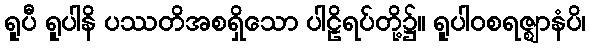
ရူပီ ရူပါနိ ပဿတိအစရှိသော ပါဠိရပ်တို့၌။ ရူပါဝစရဇ္ဈာနံပိ၊